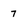
Character: 7